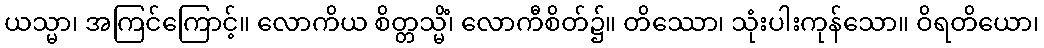
ယသ္မာ၊ အကြင်ကြောင့်။ လောကိယ စိတ္တသ္မိံ၊ လောကီစိတ်၌။ တိဿော၊ သုံးပါးကုန်သော။ ဝိရတိယော၊